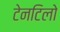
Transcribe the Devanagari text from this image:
टेनटिलो